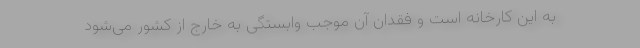
به این کارخانه است و فقدان آن موجب وابستگی به خارج از کشور می‌شود